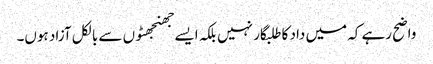
واضح رہے کہ میں داد کا طلبگار نہیں بلکہ ایسے جھنجھٹوں سے بالکل آزاد ہوں۔